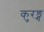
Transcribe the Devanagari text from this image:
कुरङ्ग